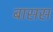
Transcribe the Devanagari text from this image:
बासस